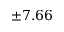
\pm 7 . 6 6